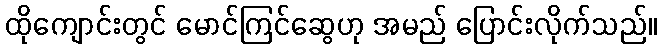
ထိုကျောင်းတွင် မောင်ကြင်ဆွေဟု အမည် ပြောင်းလိုက်သည်။